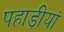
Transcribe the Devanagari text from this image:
पहाड़ीयां